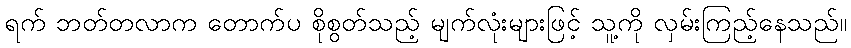
ရက် ဘတ်တလာက တောက်ပ စိုစွတ်သည့် မျက်လုံးများဖြင့် သူ့ကို လှမ်းကြည့်နေသည်။